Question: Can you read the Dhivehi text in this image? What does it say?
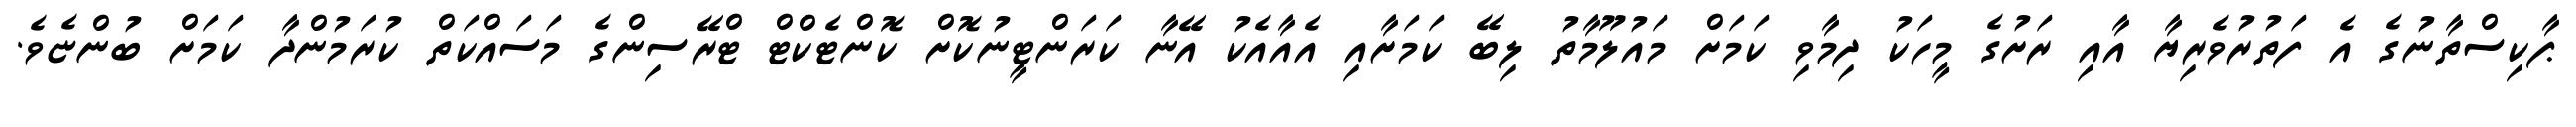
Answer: ޕާކިސްތާނުގެ އެ ފަތުރުވެރިޔާ އާއި ރަށުގެ މީހަކު ދިމާވި ކަމަށް މައުލޫމާތު ލިބޭ ކަމަށާއި އެއާއެކު އޭނާ ކަރަންޓީނުކޮށް ކޮންޓެކްޓް ޓްރޭސިންގެ މަސައްކަތް ކުރަމުންދާ ކަމަށް ބުންޏެވެ.